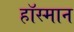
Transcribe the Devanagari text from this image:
हॉस्मान